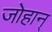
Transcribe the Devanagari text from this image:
जोहान्